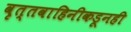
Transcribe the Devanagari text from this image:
वृत्तवाहिनीकडूनही